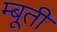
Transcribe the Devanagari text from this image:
म्बूती